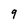
Character: 9